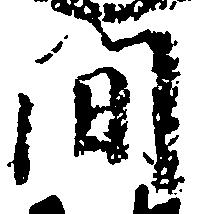
間